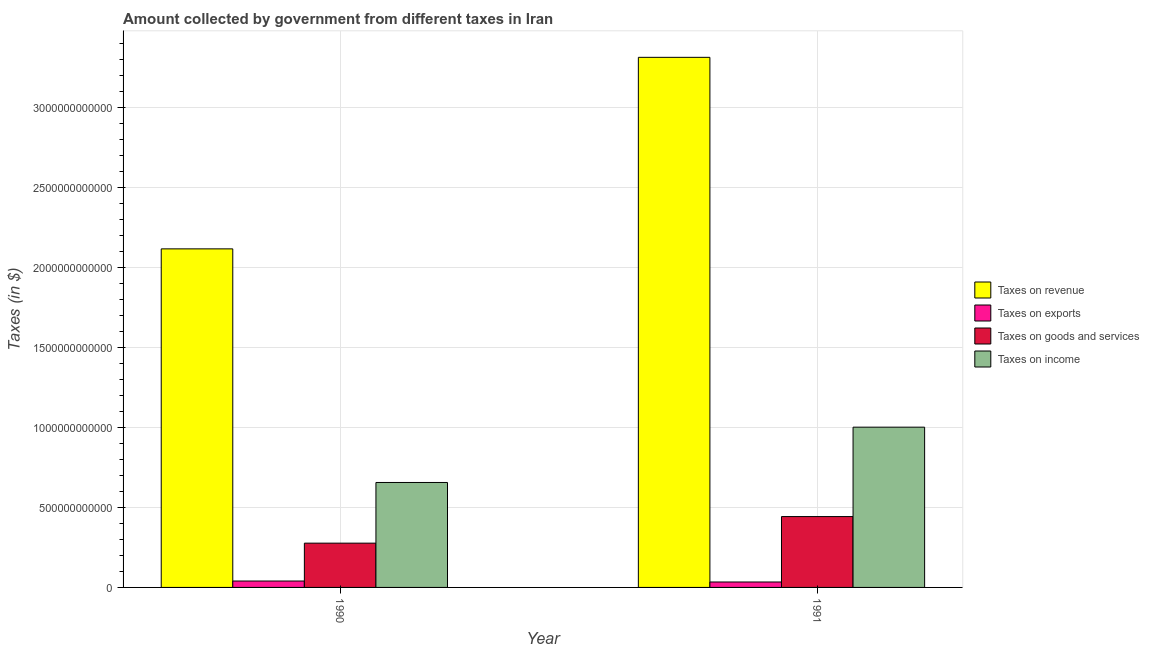
| Year | Taxes on revenue | Taxes on exports | Taxes on goods and services | Taxes on income |
 | --- | --- | --- | --- | --- |
 | 1990 | 2.12e+12 | 4e+10 | 2.77e+11 | 6.56e+11 |
 | 1991 | 3.31e+12 | 3.4e+10 | 4.43e+11 | 1e+12 |